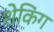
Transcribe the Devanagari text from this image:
शेकिंग